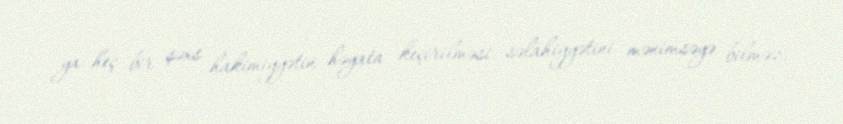
ya heç bir şəxs hakimiyyətin həyata keçirilməsi səlahiyyətini mənimsəyə bilməz.